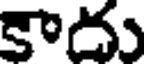
కాదు